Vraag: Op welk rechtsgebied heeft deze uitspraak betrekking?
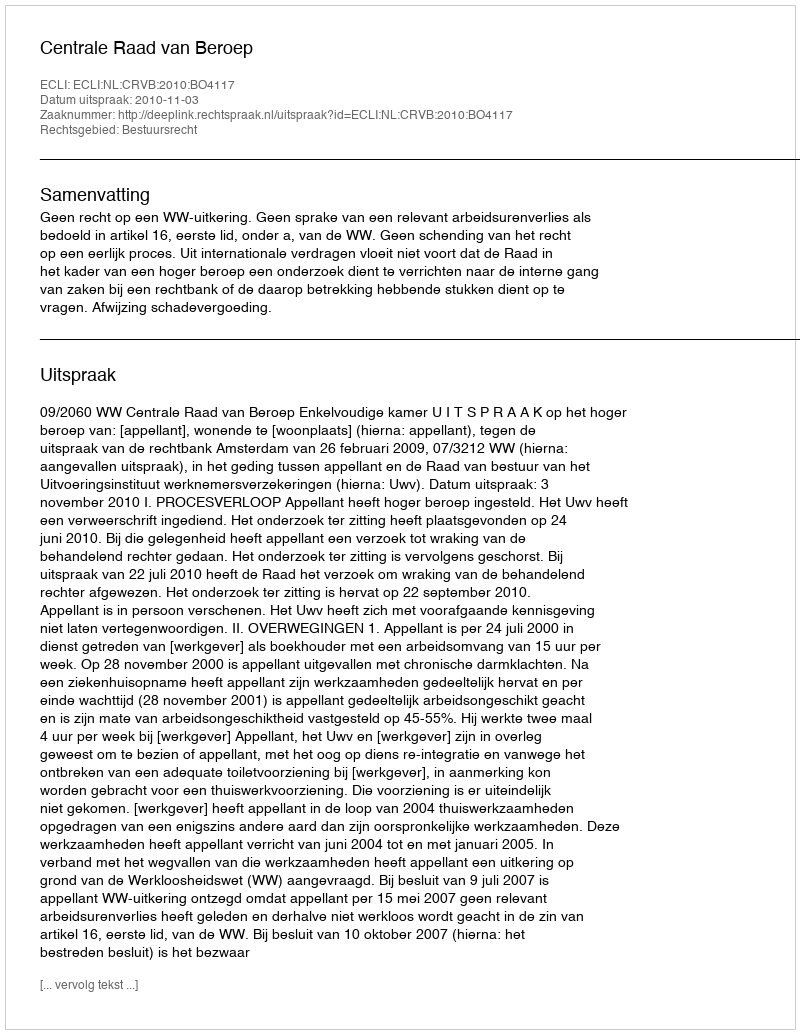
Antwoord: Bestuursrecht